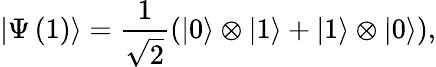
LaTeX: \left|\Psi\left(1\right)\right\rangle=\frac{1}{\sqrt{2}}\left(\left|0\right\rangle\otimes\left|1\right\rangle+\left|1\right\rangle\otimes\left|0\right\rangle\right),